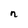
Character: n